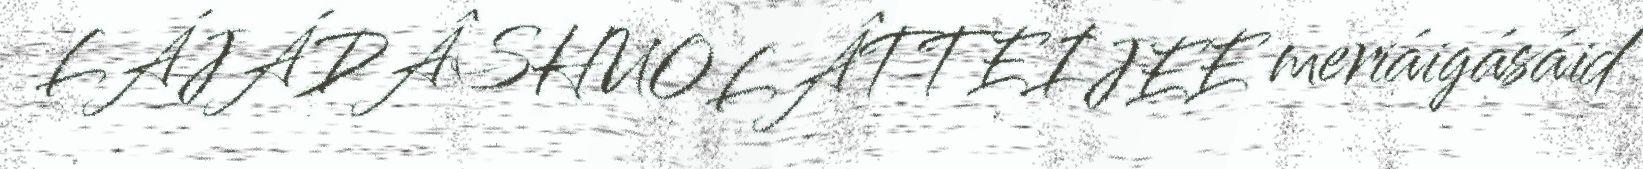
LÁJÁDÂSHUOLÂTTEIJEE meriáigásáid